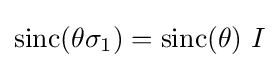
\operatorname {sinc} (\theta \sigma _{1})=\operatorname {sinc} (\theta )~I